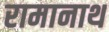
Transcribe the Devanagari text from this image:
रामानाथ